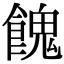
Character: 餽